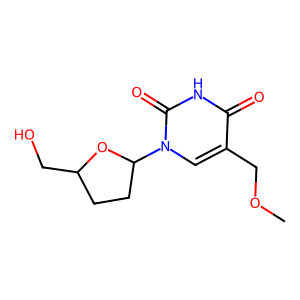
SMILES: COCc1cn(C2CCC(CO)O2)c(=O)[nH]c1=O
Inhibits HIV replication: No